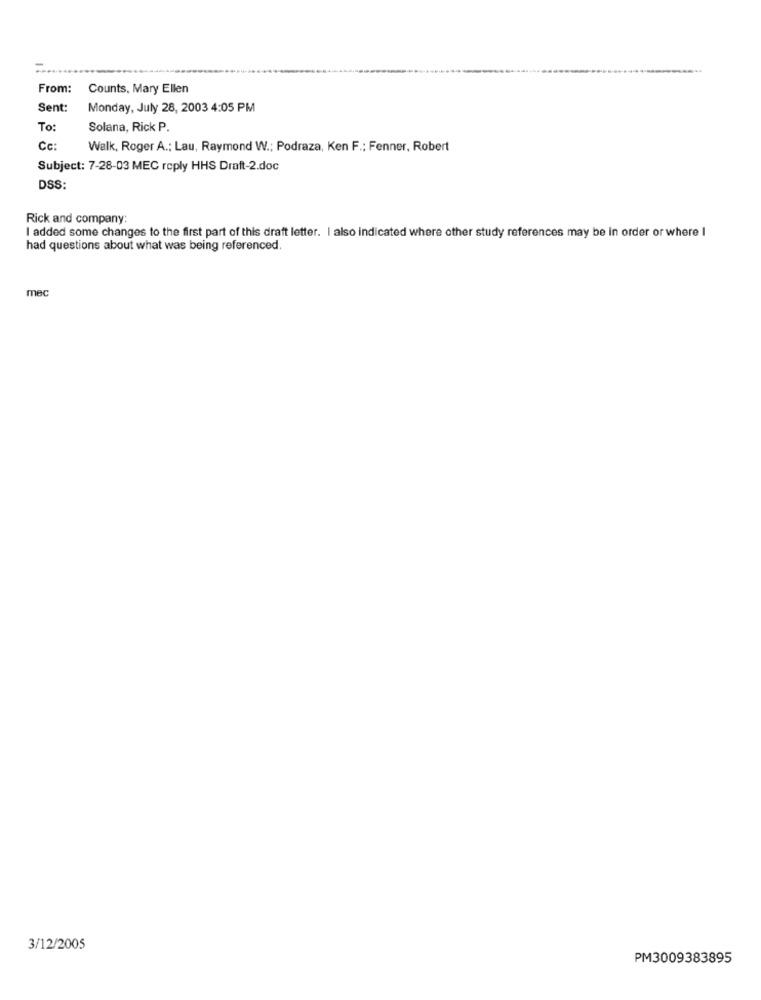
From:
Counts, Mary Ellen
Sent:
Monday, July 28, 2003 4:05 PM
To:
Solana, Rick P.
Cc:
Walk, Roger A .: Lau, Raymond W .; Podraza, Ken F .; Fenner, Robert
Subject: 7-28-03 MEC reply HHS Draft-2.doc
DSS:
Rick and company:
I added some changes to the first part of this draft letter. I also indicated where other study references may be in order or where I
had questions about what was being referenced.
mec
3/12/2005
PM3009383895